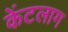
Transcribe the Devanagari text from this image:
केंटलाग